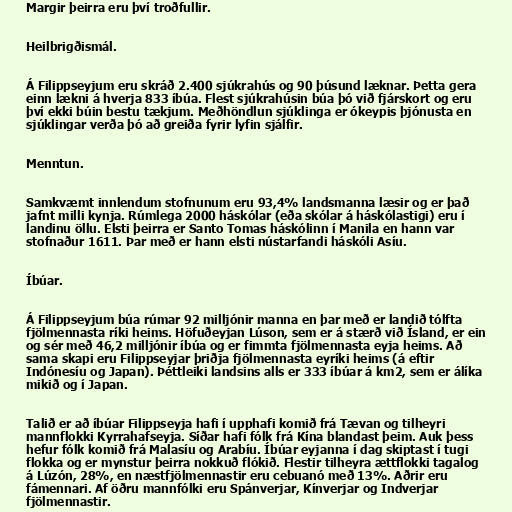
Margir þeirra eru því troðfullir.

Heilbrigðismál.

Á Filippseyjum eru skráð 2.400 sjúkrahús og 90 þúsund læknar. Þetta gera
einn lækni á hverja 833 íbúa. Flest sjúkrahúsin búa þó við fjárskort og eru
því ekki búin bestu tækjum. Meðhöndlun sjúklinga er ókeypis þjónusta en
sjúklingar verða þó að greiða fyrir lyfin sjálfir.

Menntun.

Samkvæmt innlendum stofnunum eru 93,4% landsmanna læsir og er það
jafnt milli kynja. Rúmlega 2000 háskólar (eða skólar á háskólastigi) eru í
landinu öllu. Elsti þeirra er Santo Tomas háskólinn í Manila en hann var
stofnaður 1611. Þar með er hann elsti nústarfandi háskóli Asíu.

Íbúar.

Á Filippseyjum búa rúmar 92 milljónir manna en þar með er landið tólfta
fjölmennasta ríki heims. Höfuðeyjan Lúson, sem er á stærð við Ísland, er ein
og sér með 46,2 milljónir íbúa og er fimmta fjölmennasta eyja heims. Að
sama skapi eru Filippseyjar þriðja fjölmennasta eyríki heims (á eftir
Indónesíu og Japan). Þéttleiki landsins alls er 333 íbúar á km2, sem er álíka
mikið og í Japan.

Talið er að íbúar Filippseyja hafi í upphafi komið frá Tævan og tilheyri
mannflokki Kyrrahafseyja. Síðar hafi fólk frá Kína blandast þeim. Auk þess
hefur fólk komið frá Malasíu og Arabíu. Íbúar eyjanna í dag skiptast í tugi
flokka og er mynstur þeirra nokkuð flókið. Flestir tilheyra ættflokki tagalog
á Lúzón, 28%, en næstfjölmennastir eru cebuanó með 13%. Aðrir eru
fámennari. Af öðru mannfólki eru Spánverjar, Kínverjar og Indverjar
fjölmennastir.